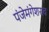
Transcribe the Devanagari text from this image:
पंजेमंगेशराव